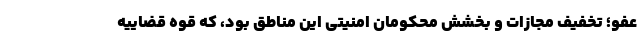
عفو؛ تخفیف مجازات و بخشش محکومان امنیتی این مناطق بود، که قوه قضاییه